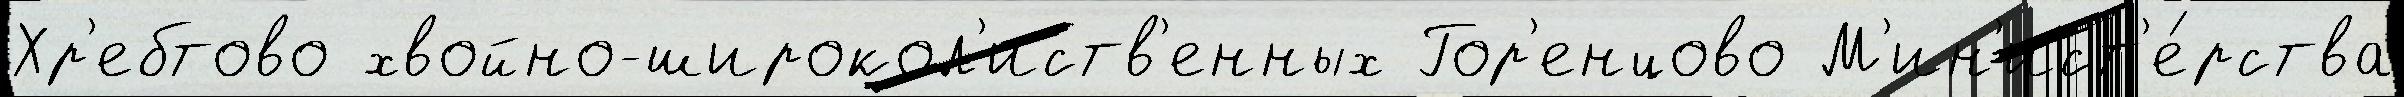
Хр'ебтово хвойно-широкол'иств'енных Гор'енцово М'ин'ист'е́рства